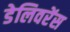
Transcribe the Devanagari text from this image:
डेलिवरेंस